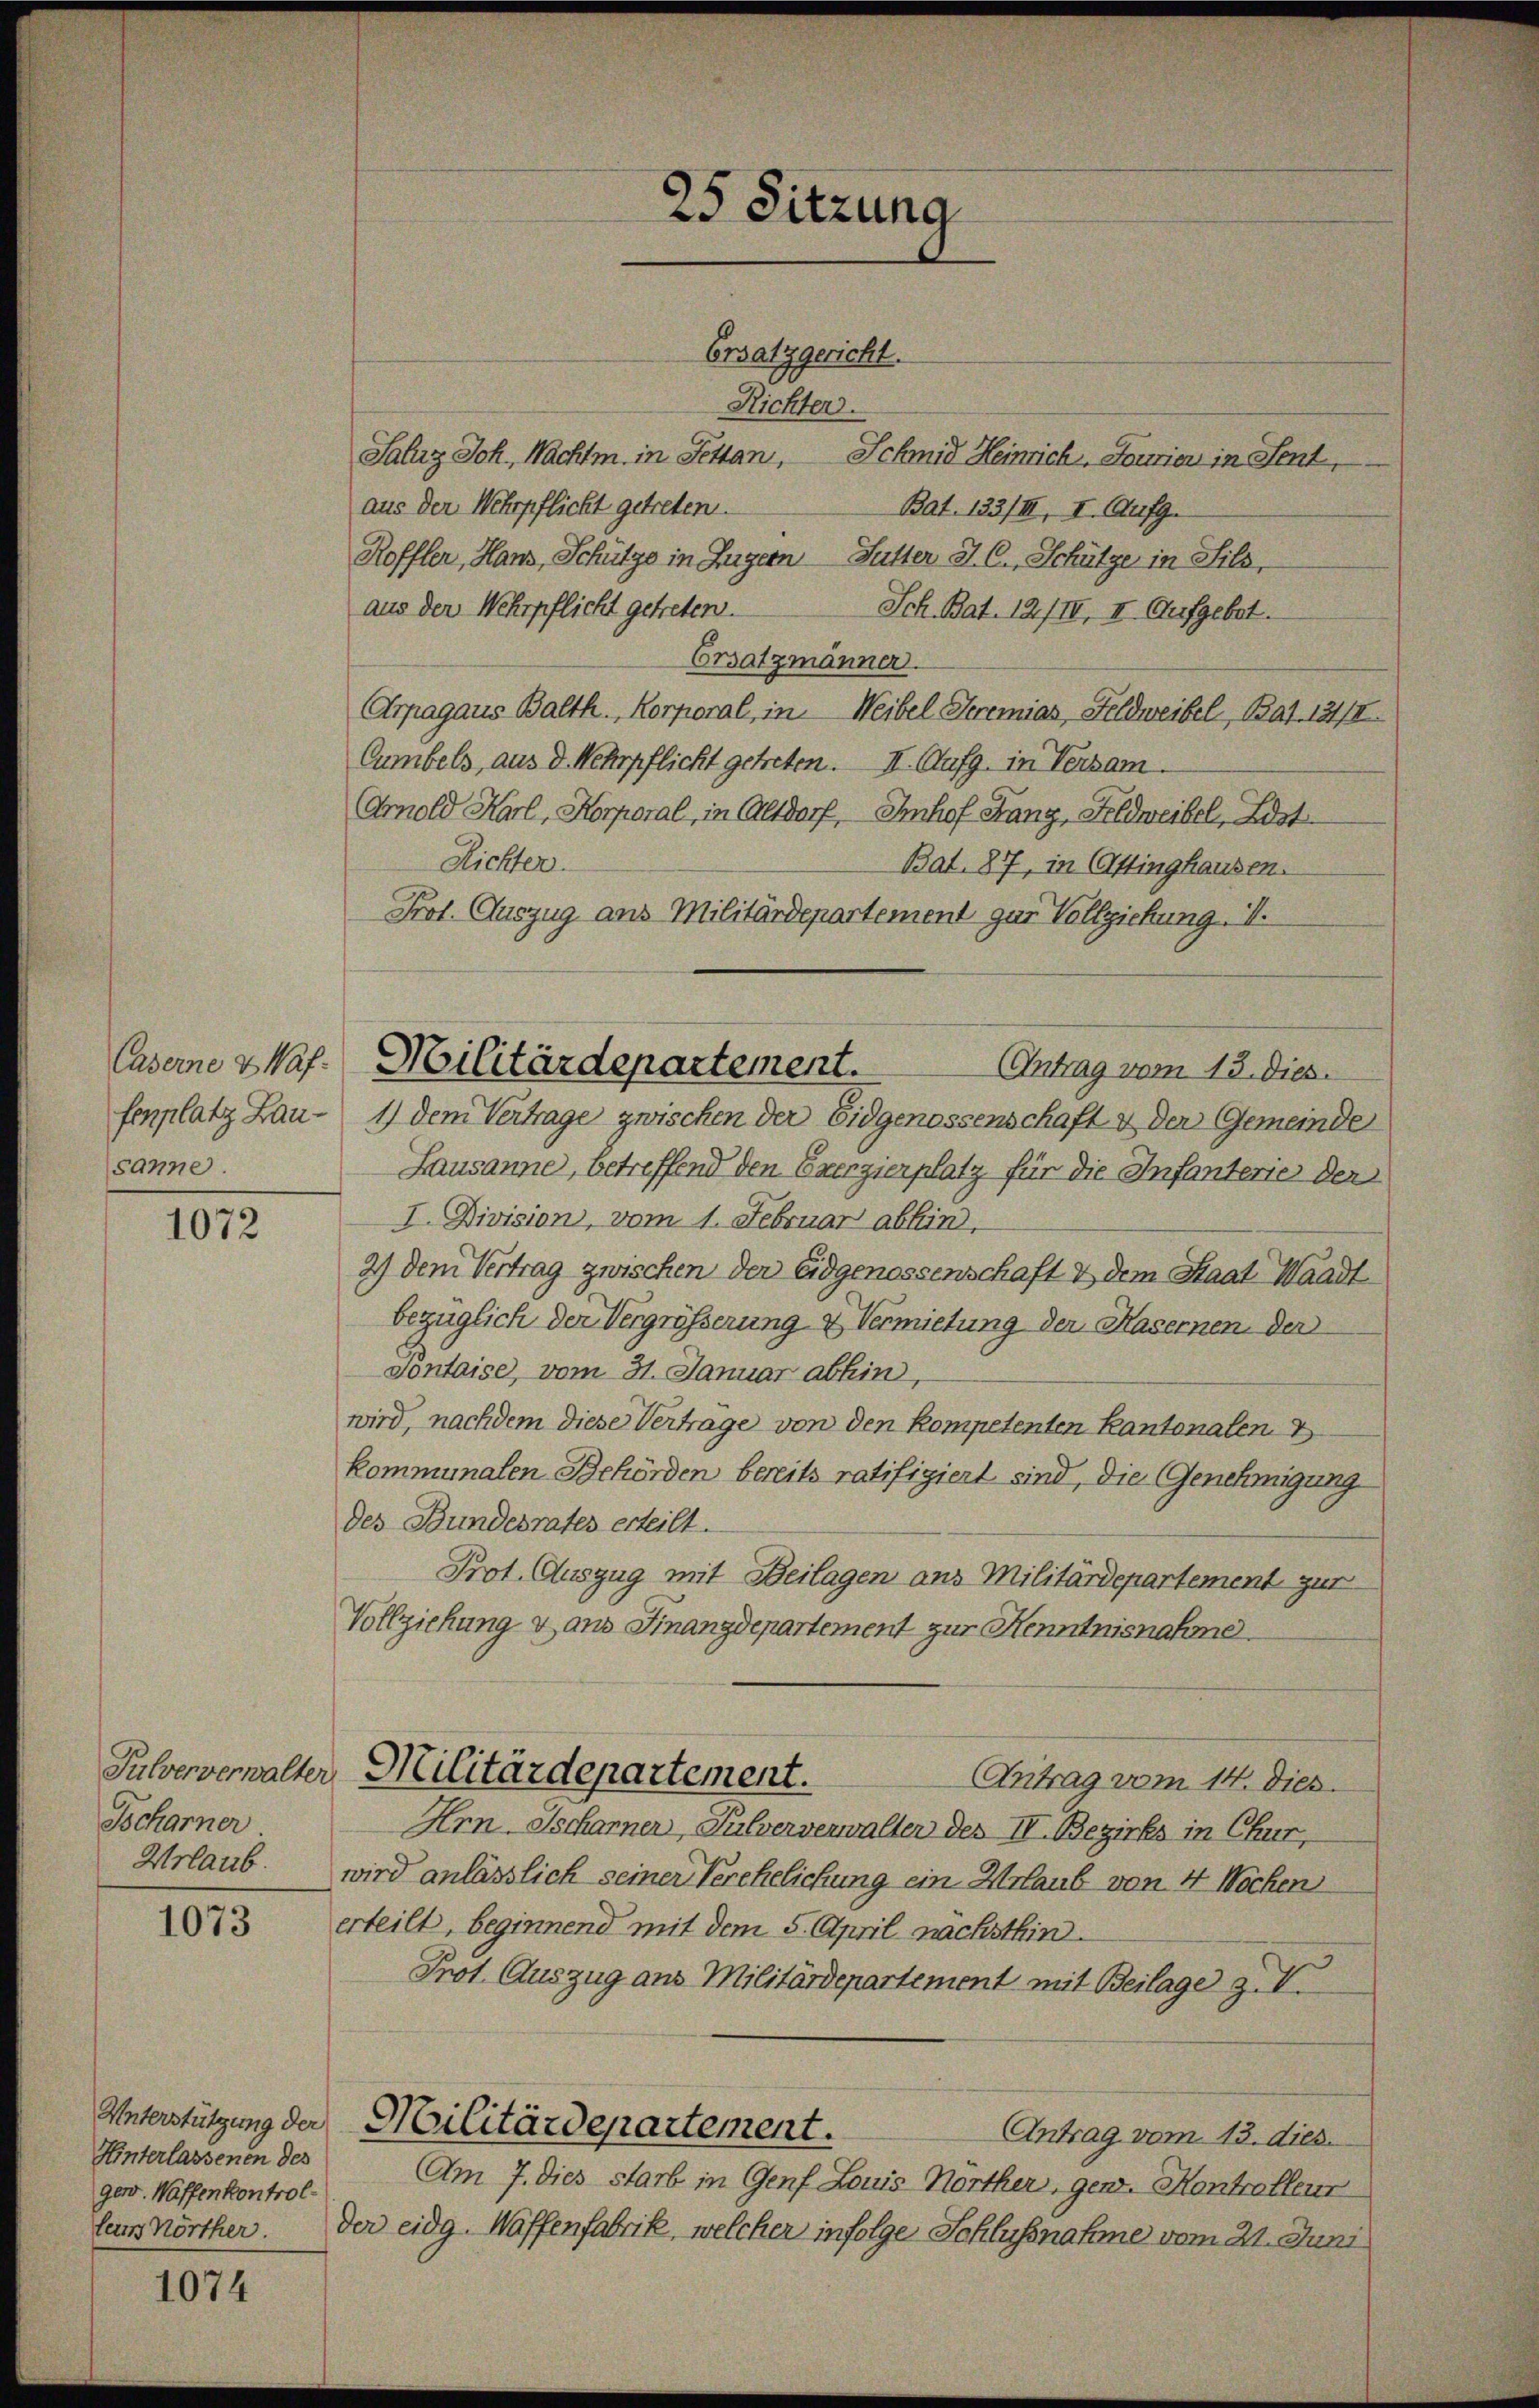
fenplatz Lausanne.

1072

Tscharner
Urlaub.

1073

Hinterlassenen des
ger. Waffenkontrol¬

1074

25 Sitzung
Ersatzgericht.

Caserne zaf. Militärdepartement.

Richter.
Saluz Joh. Nachtm. in Fettan, Schmid Heinrich. Tourier in Sent
aus der Wehrpflicht getreten.
Bat. 133/III, I. Aufg.
Roffler, Hans, Schütze in Zugern Sutter J. C. Schütze in Sils,
aus der Wehrpflicht getreten.
Sch. Bat. 12/II, II. Aufgebet.
Ersatzmänner.
Arpagaus Balth. Korporal, in Weibel Seremias, Feldweibel, Bat. 131/I.
Cumbels, aus d. Mehrpflicht getreten. II. Aufg. in Versam.
Arnold Karl, Korporal, in Altdorf, Imhof Fang, Feldweibel, List
Richter.
Bat. 87, in Attinghausen.
Prot. Auszug aus Militärdepartement zur Vollziehung. I.
Antrag vom 13. Dies
1) dem Vertrage zwischen der Eidgenossenschaft & der Gemeinde
Lausanne, betreffend den Exerzierplatz für die Infanteries der
I. Division, vom 1. Februar abhin,
2) dem Vertrag zwischen der Eidgenossenschaft & dem Staat Waadt
bezüglich der Vergrösserung & Vermietung der Hasernen der
dontaise, vom 31. Januar abhin,
wird, nachdem diese Verträge von den kompetenten Kantonalen
kommunalen Behörden bereits ratifigiert sind, die Genehmigung
des Bundesrates erteilt.
Prot. Auszug mit Beilagen aus Militärdepartement zur
Vollziehung & aus Finanzdepartement zur Henntnisnahme
Pulververwalter Militärdepartement.
Antrag vom 14. Dies
Hrn Ischarner, Pulververwalter des IV. Bezirks in Chur,
wird anlässlich seiner Verehelichung ein Urlaub von 4 Wochen
erteilt, beginnend mit dem 5. April nächsthin
Prot. Auszug aus Militärdepartement mit Beilage z. V.
Unterstützung der Militärdepartement.
Antrag vom 13. dies.
Am 7. dies starb in Genf Louis Hörther, gend. Kontrolleur
lers Nörther. Der eidg. Waffenfabrik, welcher infolge Schlussnahme vom 21. Juni